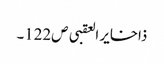
ذاخایر العقبی ص122۔